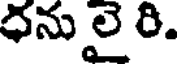
ధను లై రి.